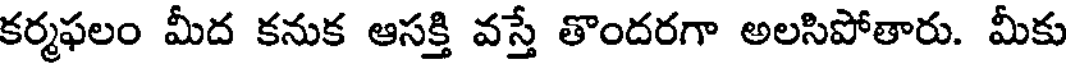
కర్మఫలం మీద కనుక ఆసక్తి వస్తే తొందరగా అలసిపోతారు. మీకు